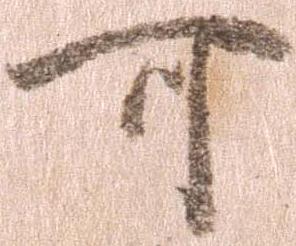
可